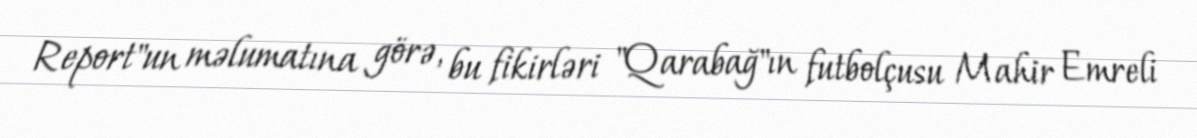
Report"un məlumatına görə, bu fikirləri "Qarabağ"ın futbolçusu Mahir Emreli